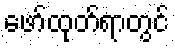
ဖော်ထုတ်ရာတွင်